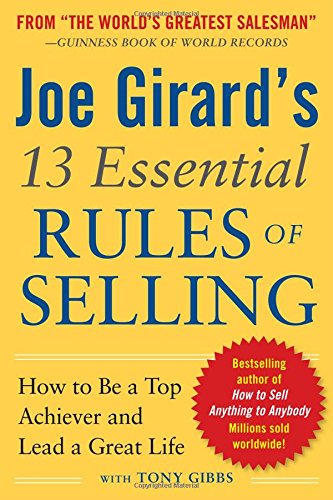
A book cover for Joe Girard's 13 Essential Rules of Selling: How to Be a Top Achiever and Lead a Great Life; Joe Girard; Business & Money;